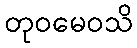
တုဝမေဝသိ